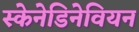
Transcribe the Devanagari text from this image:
स्केनेडिनेवियन